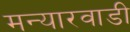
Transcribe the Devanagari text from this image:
मन्यारवाडी